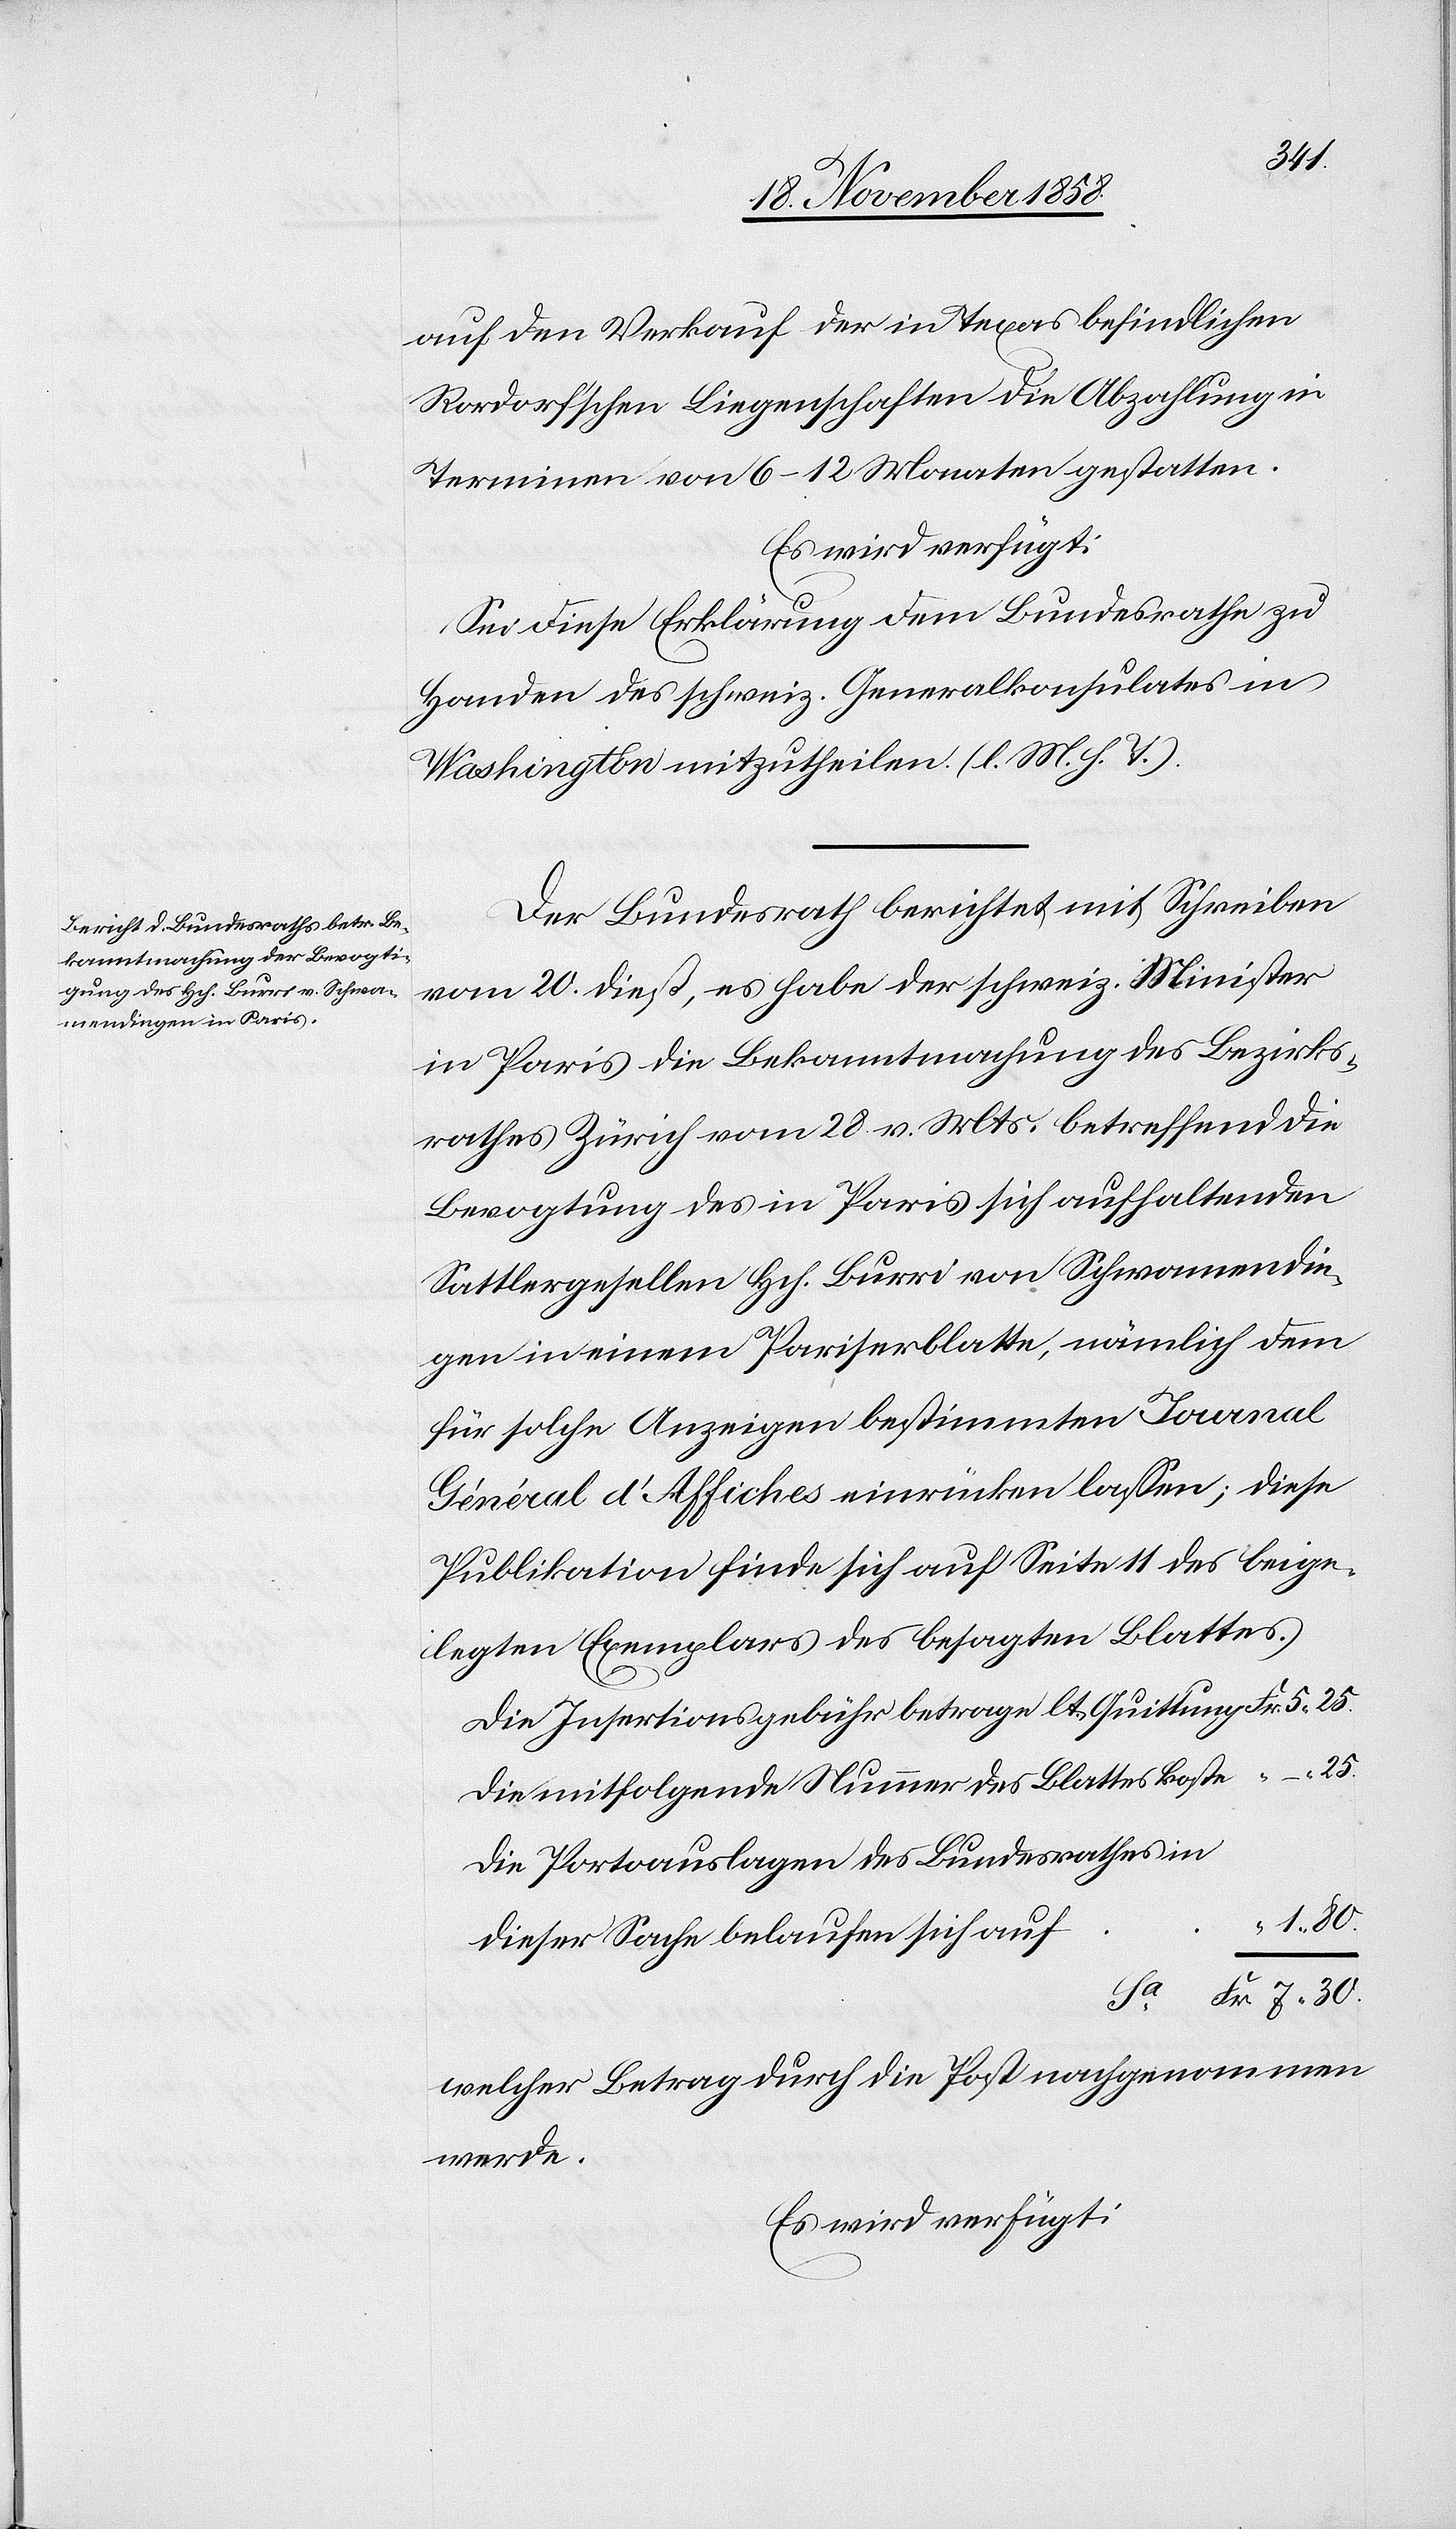
Sa.
22. November 1858.]
auf den Verkauf der in Texas befindlichen
Rordorf’schen Liegenschaften die Abzahlung in
Terminen von 6–12 Monaten gestatten.
Es wird verfügt:
Sei diese Erklärung dem Bundesrathe zu
Handen des schweiz. Generalkonsulates in
Washington mitzutheilen. (l. M. h. T.).
Der Bundesrath berichtet mit Schreiben
vom 20. dieß, es habe der schweiz. Minister
in Paris die Bekanntmachung des Bezirks¬
rathes Zürich vom 28 v. Mts. betreffend die
Bevogtung des in Paris sich aufhaltenden
Sattlergesellen Hch. Burri von Schwamendin¬
gen in einem Pariserblatte, nämlich dem
für solche Anzeigen bestimmten Journal
Général d’Affiches einrücken lassen; diese
Publikation finde sich auf Seite 11 des beige¬
legten Exemplars des besagten Blattes.
Die Insertionsgebühr betrage lt. Quittung
Die mitfolgende Nummer des Blattes koste
Die Portoauslagen des Bundesrathes in
“ 1. 80.
dieser Sache belaufen sich auf
Fr. 7. 30.
welcher Betrag durch die Post nachgenommen
werde.
Es wird verfügt: